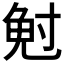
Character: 𭔷